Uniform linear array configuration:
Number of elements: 32
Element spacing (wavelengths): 0.25
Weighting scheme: hann
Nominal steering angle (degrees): -15
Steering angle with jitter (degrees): -15.057
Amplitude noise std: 0.05
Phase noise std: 0.05

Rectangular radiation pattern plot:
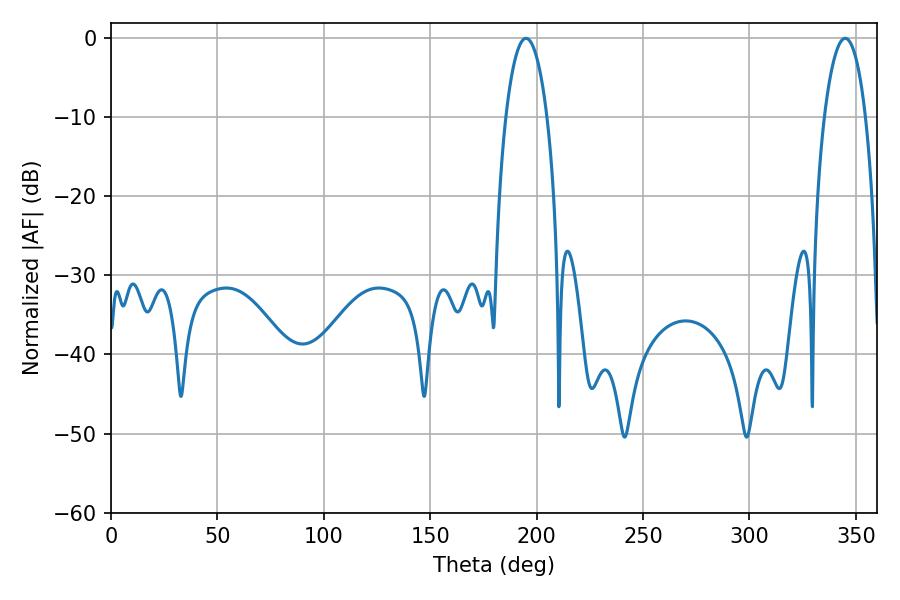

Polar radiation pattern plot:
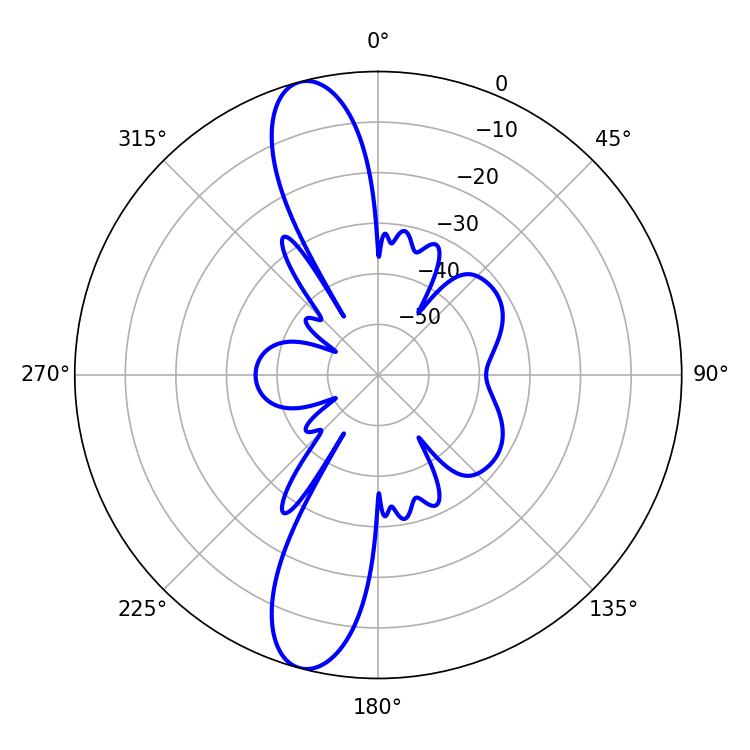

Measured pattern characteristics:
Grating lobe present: FALSE
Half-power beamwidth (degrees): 10.8
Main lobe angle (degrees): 194.94